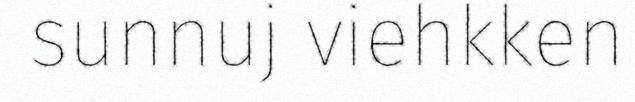
sunnuj viehkken